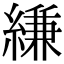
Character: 縑